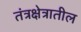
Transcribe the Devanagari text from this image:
तंत्रक्षेत्रातील